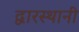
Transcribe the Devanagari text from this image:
द्वारस्थानी